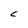
Character: C